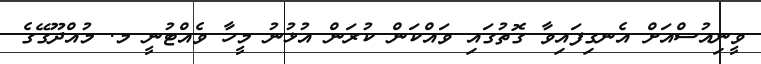
ވީނިއުސްއަށް އެނގިފައިވާ ގޮތުގައި ވައްކަން ކުރަން އުޅުނު މީހާ ވެއްޓުނީ މ. މުއްދޫގޭގެ